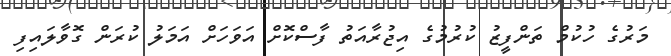
މަރުގެ ހުކުމް ތަންފީޒު ކުރުމުގެ އިޖުރާއަތު ފާސްކޮށް އަވަހަށް އަމަލު ކުރަން ގޮވާލައިފި